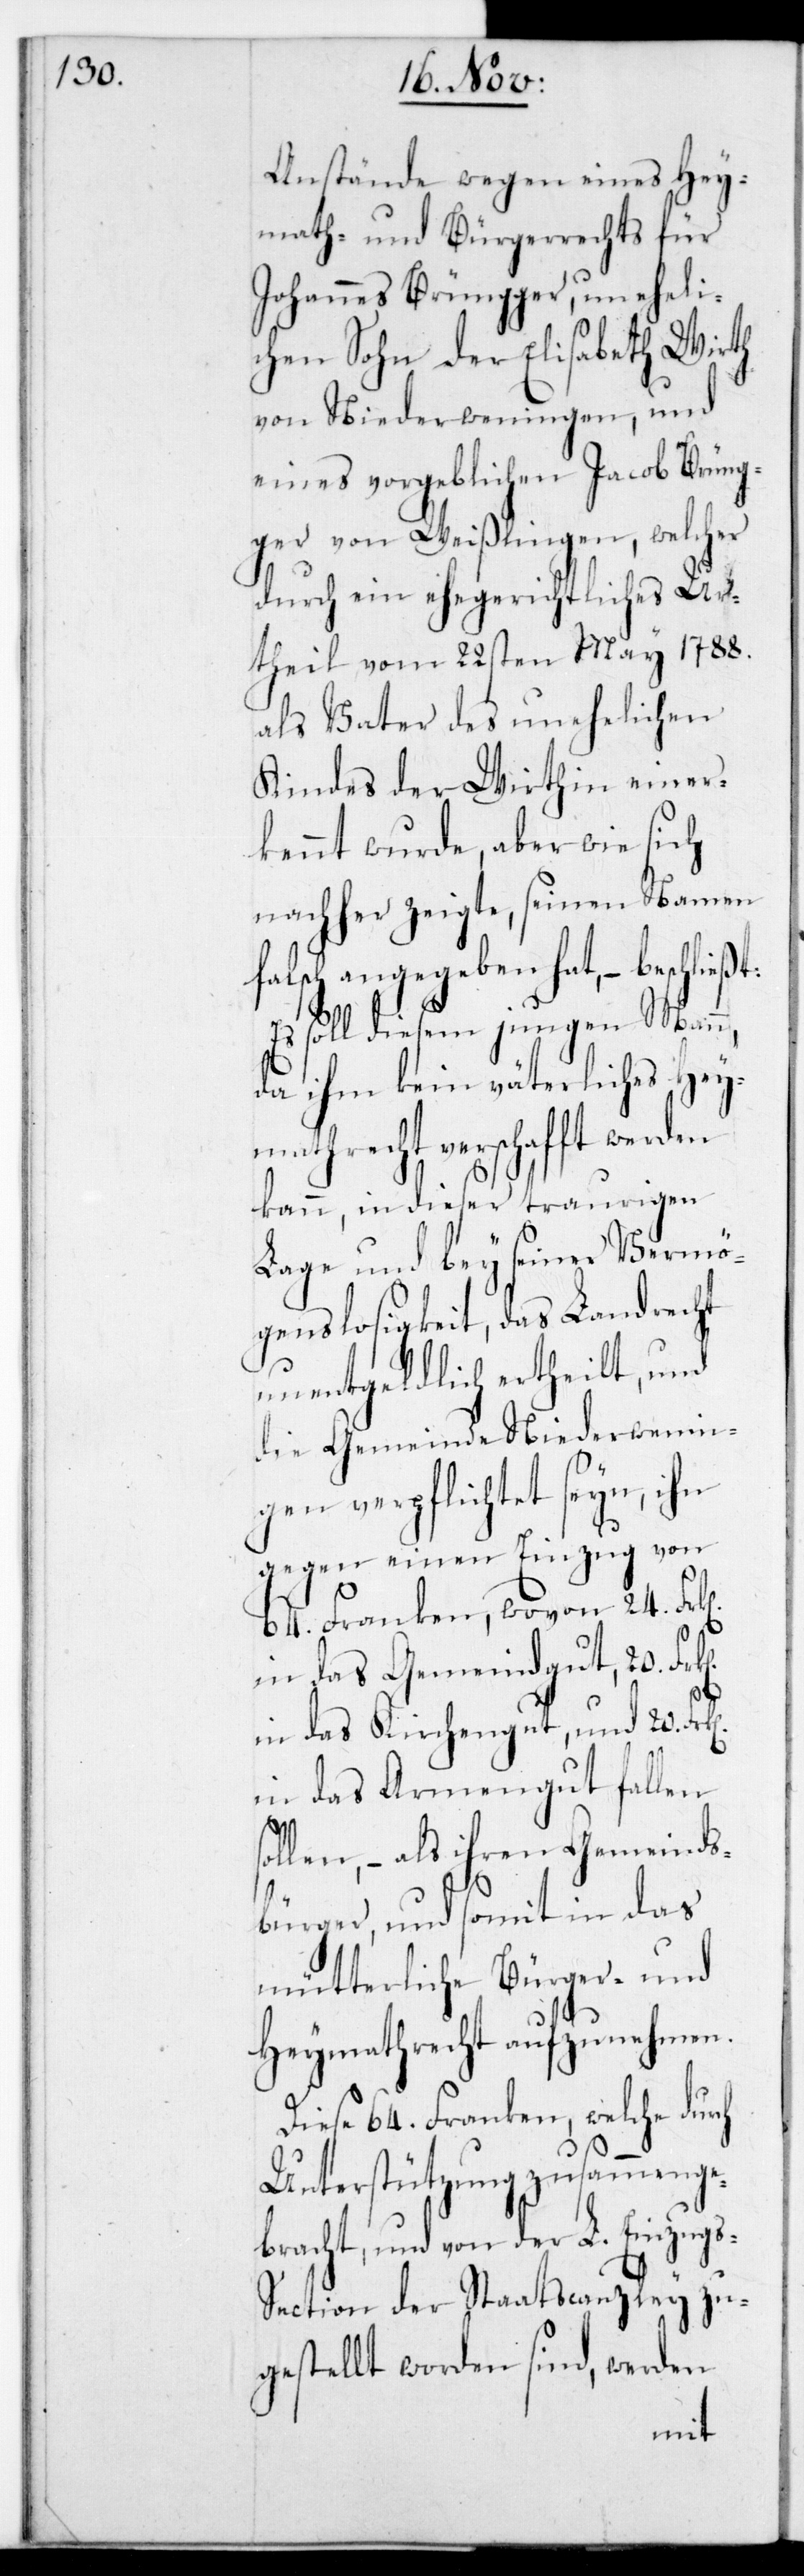
Anstände wegen eines Hey¬
math- und Bürgerrechts für
Johannes Brüngger, uneheli¬
chen Sohn der Elisabeth Wirth
von Niederweningen, und
eines vorgeblichen Jacob Brüng¬
ger von Weißlingen, welcher
durch ein ehegerichtliches Ur¬
theil vom 22sten May 1788
als Vater des unehelichen
Kindes der Wirthin einer¬
kennt wurde, aber wie sich
nachher zeigte, seinen Namen
falsch angegeben hat, – beschließt:
Es soll diesem jungen Mann,
da ihm kein väterliches Hey¬
mathrecht verschafft werden
kann, in dieser traurigen
Lage und bey seiner Vermö¬
genslosigkeit, das Landrecht
unentgeldlich ertheilt, und
die Gemeinde Niederwenin¬
gen verpflichtet seyn, ihn
gegen einen Einzug von
64. Franken, wovon 24.
in das Gemeindgut, 20.
das Kirchengut und 20.
in das Armengut fallen
sollen, – als ihren Gemeinds¬
bürger, und somit in das
mütterliche Bürger- und
Heymathrecht aufzunehmen.
Diese 64. Franken, welche durch
Unterstützung zusammenge¬
bracht, und von der L. Einzugs-S¬
ection der Staatscanzley zu¬
gestellt worden sind, werden